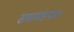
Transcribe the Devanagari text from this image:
सभामंडपास